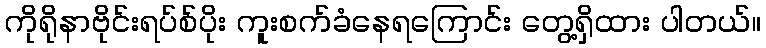
ကိုရိုနာဗိုင်းရပ်စ်ပိုး ကူးစက်ခံနေရကြောင်း တွေ့ရှိထား ပါတယ်။